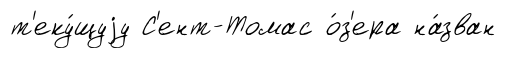
т'еку́щуjу С'ент-Томас о́з'ера на́зван